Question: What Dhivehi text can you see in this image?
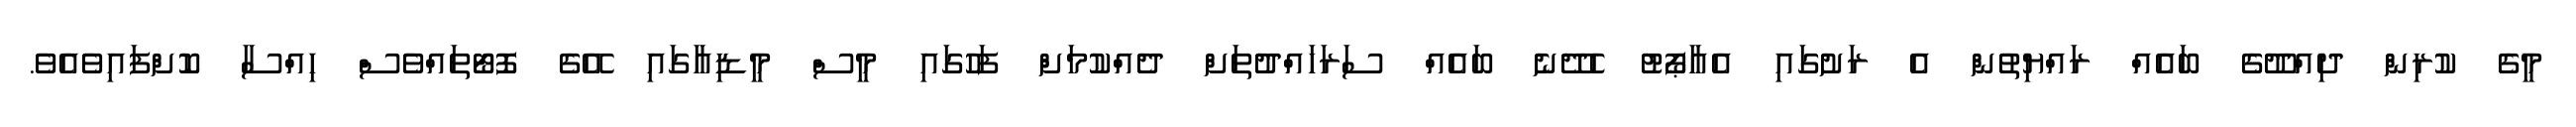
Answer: މީގެ ކުރިން ދިއްދޫގެ ބައެއް ރައްޔިތުން އެ ރަށުގައި އެއާޕޯޓު ހެދޭނެ ބައެއް ސަރަހައްދުތަށް ދެއްކުމަށްް ފަހުގައި މީސް މީޑިއާގައި އޭގެ ފޮޓޯތައްވެސް ހިއްސާ ކޮށްފައިވެއެވެ.